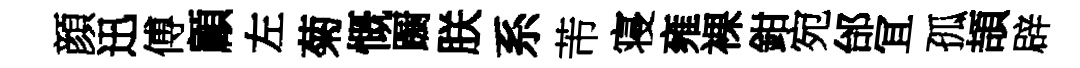
顔迅傅顧左菊慨蹰朕系芾寝雍裸鉗宛邰冝孤頡辟